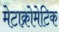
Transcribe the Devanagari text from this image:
मेटाक्रोमेटिक